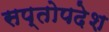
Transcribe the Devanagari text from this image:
सप्तोपदेश